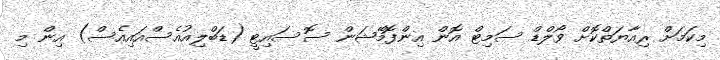
މިކަމަށް ރިއާޔަތްކޮށް ވޯލްޑް ސަމިޓް އޮން އިންފޮމޭޝަން ސޮސައިޓީ (ޑަބްލިއުއެސްއައިއެސް) އިން މި